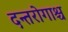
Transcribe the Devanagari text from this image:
दन्तरोगाश्च